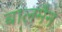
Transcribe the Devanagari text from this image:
बालमैन